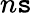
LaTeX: n\mathtt{s}